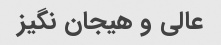
عالی و هیجان نگیز